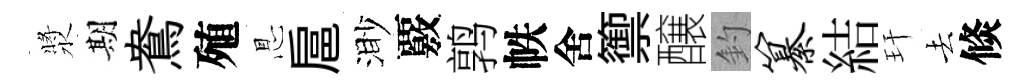
漿期鴦殖㤙扈渺覈鹑帙舍籞醸釣纂結玕去倐